Lunatic asylums Punjab 1895-1910 - 1895-1910
Year: 1895
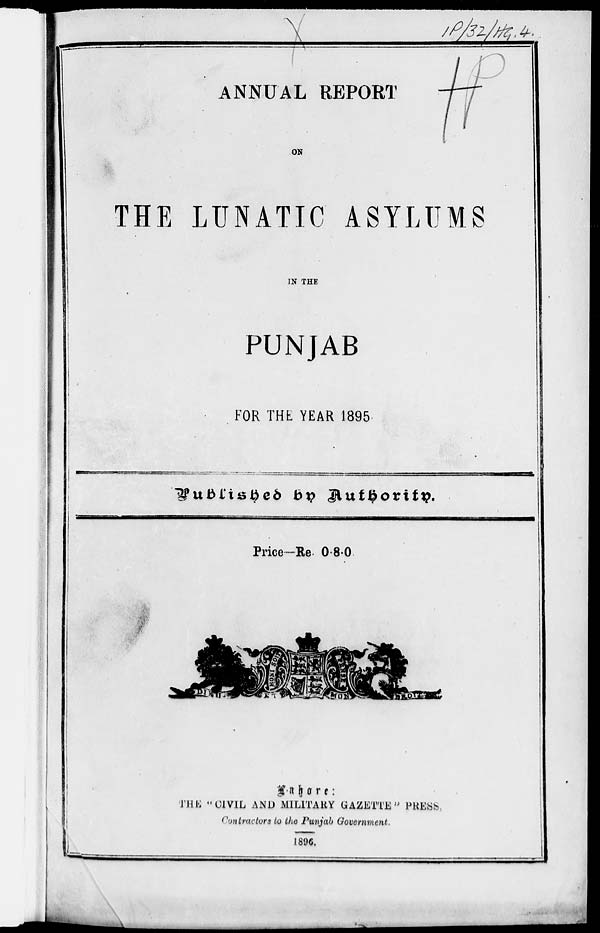
ANNUAL REPORT
ON
THE LUNATIC ASYLUMS
IN THE
PUNJAB
FOR THE YEAR 1895.
Published by Authority.
Price—Re. 0-8-0
Lahore:
THE "CIVIL AND MILITARY GAZETTE" PRESS,
Contractors to the Punjab Government.
1896.